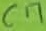
Text: C7